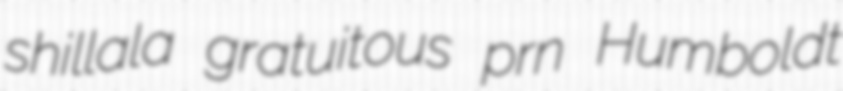
shillala gratuitous prn Humboldt